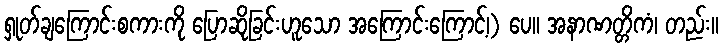
ရှုတ်ချကြောင်းစကားကို ပြောဆိုခြင်းဟူသော အကြောင်းကြောင့်၊) ပေ။ အနာဏတ္တိကံ၊ တည်း။